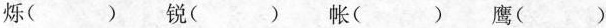
烁() 锐() 帐( ) 鹰()